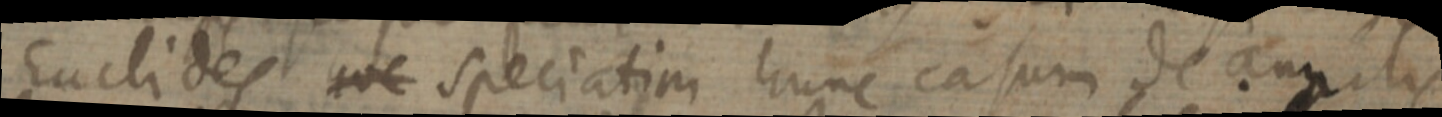
Euclides hoc speciatim hunc casum de angulis